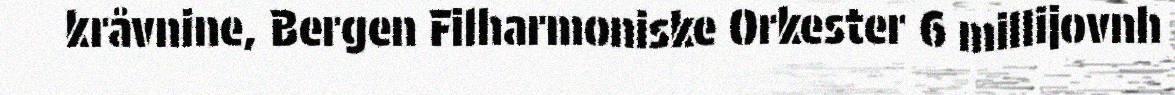
kråvnine, Bergen Filharmoniske Orkester 6 millijovnh